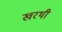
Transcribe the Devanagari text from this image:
खरथी